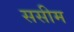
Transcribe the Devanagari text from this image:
ससीम